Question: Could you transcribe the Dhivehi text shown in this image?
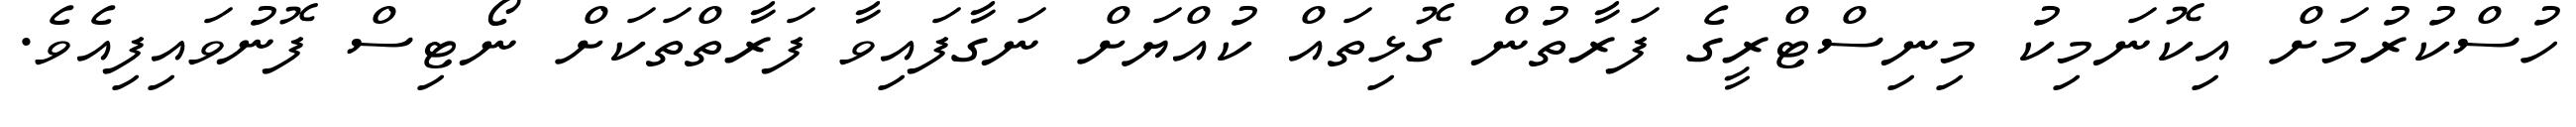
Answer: ހުސްކުރުމަށް އިކޮނަމިކު މިނިސްޓްރީގެ ފަރާތުން ގޮޅިތައް ކުއްޔަށް ނަގާފައިވާ ފަރާތްތަކަށް ނޯޓިސް ފޮނުވައިފިއެވެ.